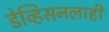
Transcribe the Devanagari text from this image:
डेव्हिसनलाही